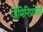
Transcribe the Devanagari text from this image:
जैमिनिप्रणीत